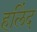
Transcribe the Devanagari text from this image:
हलिंद